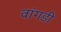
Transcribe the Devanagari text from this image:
वांगडी